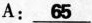
A: \underline{65}